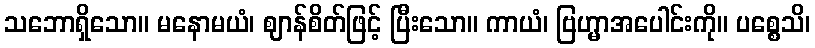
သဘောရှိသော။ မနောမယံ၊ ဈာန်စိတ်ဖြင့် ပြီးသော။ ကာယံ၊ ဗြဟ္မာအပေါင်းကို။ ပစ္စေသိ၊